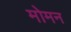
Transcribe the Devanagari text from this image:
मोमन